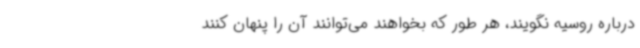
درباره روسیه نگویند، هر طور که بخواهند می‌توانند آن را پنهان کنند